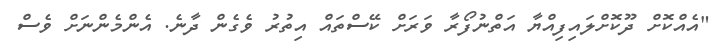
"އެއްކޮށް ދޫކޮށްލައިފިއްޔާ އަތްނުފޯރާ ވަރަށް ކޭސްތައް އިތުރު ވެގެން ދާނެ. އެންމެންނަށް ވެސް